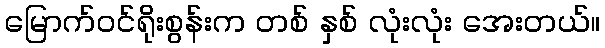
မြောက်ဝင်ရိုးစွန်းက တစ် နှစ် လုံးလုံး အေးတယ်။